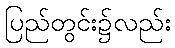
ပြည်တွင်း၌လည်း